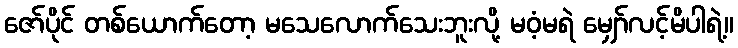
ဇော်ပိုင် တစ်ယောက်တော့ မသေလောက်သေးဘူးလို့ မဝံ့မရဲ မျှော်လင့်မိပါရဲ့။